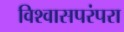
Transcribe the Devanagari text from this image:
विश्वासपरंपरा